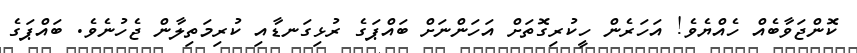
ކޮންޖަވާބެއް ހެއްޔެވެ! އަހަރެން ހީކުރިގޮތަށް އަހަންނަށް ބައްޕަގެ ރުޅިގަނޑާއި ކުރިމަތިލާން ޖެހުނެވެ. ބައްޕަގެ